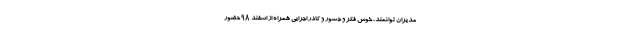
مدیران توانمند، خوش فکر و جسور و کادر اجرایی همراه از اسفند ۹۸ حضور